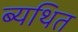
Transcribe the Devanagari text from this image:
ब्यथित